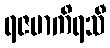
ရဇမာကိရသီ